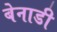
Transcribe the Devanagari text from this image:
बेनाडी